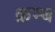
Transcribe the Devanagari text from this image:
क्रम्ब